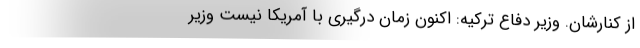
از کنارشان. وزیر دفاع ترکیه: اکنون زمان درگیری با آمریکا نیست وزیر